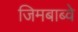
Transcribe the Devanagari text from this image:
जिमबाब्वे